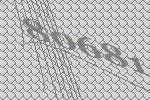
80681